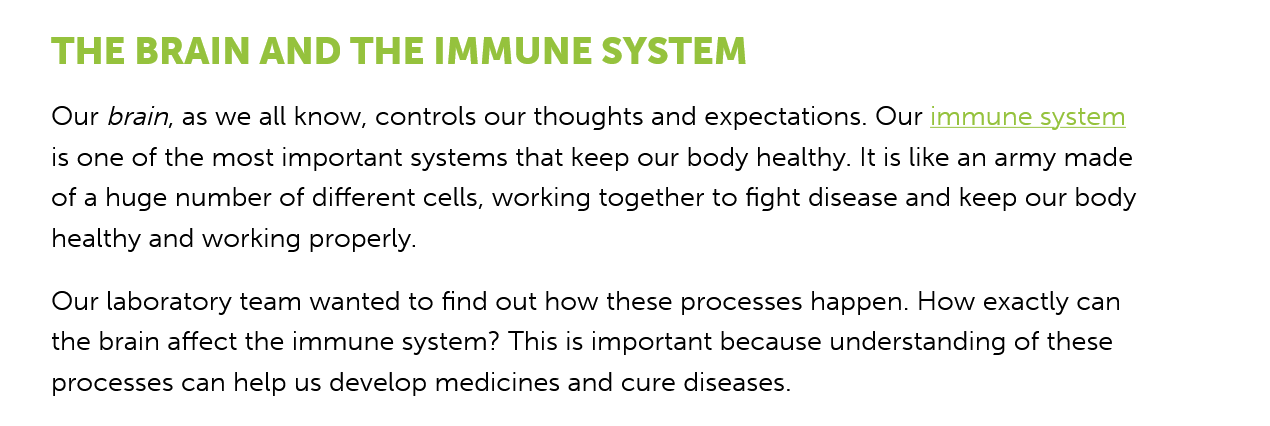
THE   BRAIN   AND   THE   IMMUNE    SYSTEM
    Our brain, as we all know, controls our thoughts and expectations. Our immune system
    is one of the most important systems that keep our body healthy. It is like an army made
    of a huge number of different cells, working together to fight disease and keep our body
    healthy and working properly.
    Our laboratory team wanted to find out how these processes happen. How exactly can
    the brain affect the immune system? This is important because understanding of these
    processes can help us develop medicines and cure diseases.